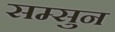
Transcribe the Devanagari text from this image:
सम्सुन